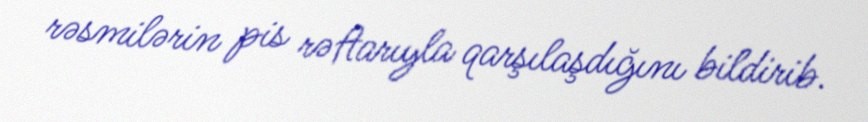
rəsmilərin pis rəftarıyla qarşılaşdığını bildirib.